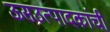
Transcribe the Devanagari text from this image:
ऊसउत्पादकांची